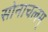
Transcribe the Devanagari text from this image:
सोनाचलम्